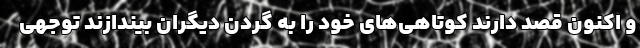
و اکنون قصد دارند کوتاهی‌های خود را به گردن دیگران بیندازند توجهی